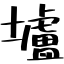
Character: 壚